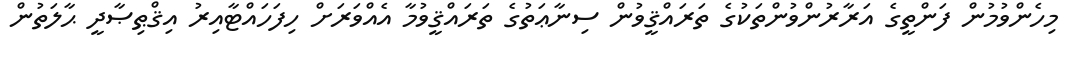
މިހެންވުމުން ފަންތީގެ އަރާރުންވުންތަކުގެ ތަރައްޤީވުން ސިނާޢަތުގެ ތަރައްޤީވުމާ އެއްވަރަށް ހިފަހައްޓާއިރު އިޤްޠިޞާދީ ޙާލަތުން